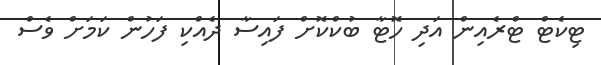
ޓިކެޓް ޓްރެއިން އަދި ހޮޓާ ބުކްކޮށް ފައިސާ ދެއްކި ފަހުން ކަމަށް ވެސް